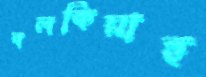
বলকিয়াহ